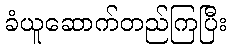
ခံယူဆောက်တည်ကြပြီး